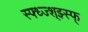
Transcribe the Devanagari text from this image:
स्फ्ध्ज्श्झ्स्फ्